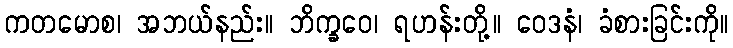
ကတမောစ၊ အဘယ်နည်း။ ဘိက္ခဝေ၊ ရဟန်းတို့။ ဝေဒနံ၊ ခံစားခြင်းကို။